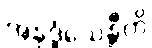
အနုဒ္ဓံသေန္တီတိ